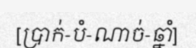
[ប្រាក់-បំ-ណាច់-ឆ្នាំ]